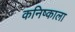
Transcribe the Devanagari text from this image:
कनिष्काला